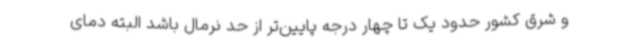
و شرق کشور حدود یک تا چهار درجه پایین‌تر از حد نرمال باشد البته دمای